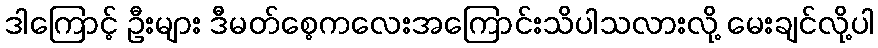
ဒါကြောင့် ဦးများ ဒီမတ်စေ့ကလေးအကြောင်းသိပါသလားလို့ မေးချင်လို့ပါ